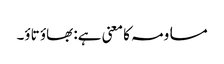
مساومہ کا معنی ہے: بھاؤ تاؤ۔